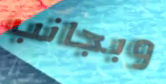
وبجانب